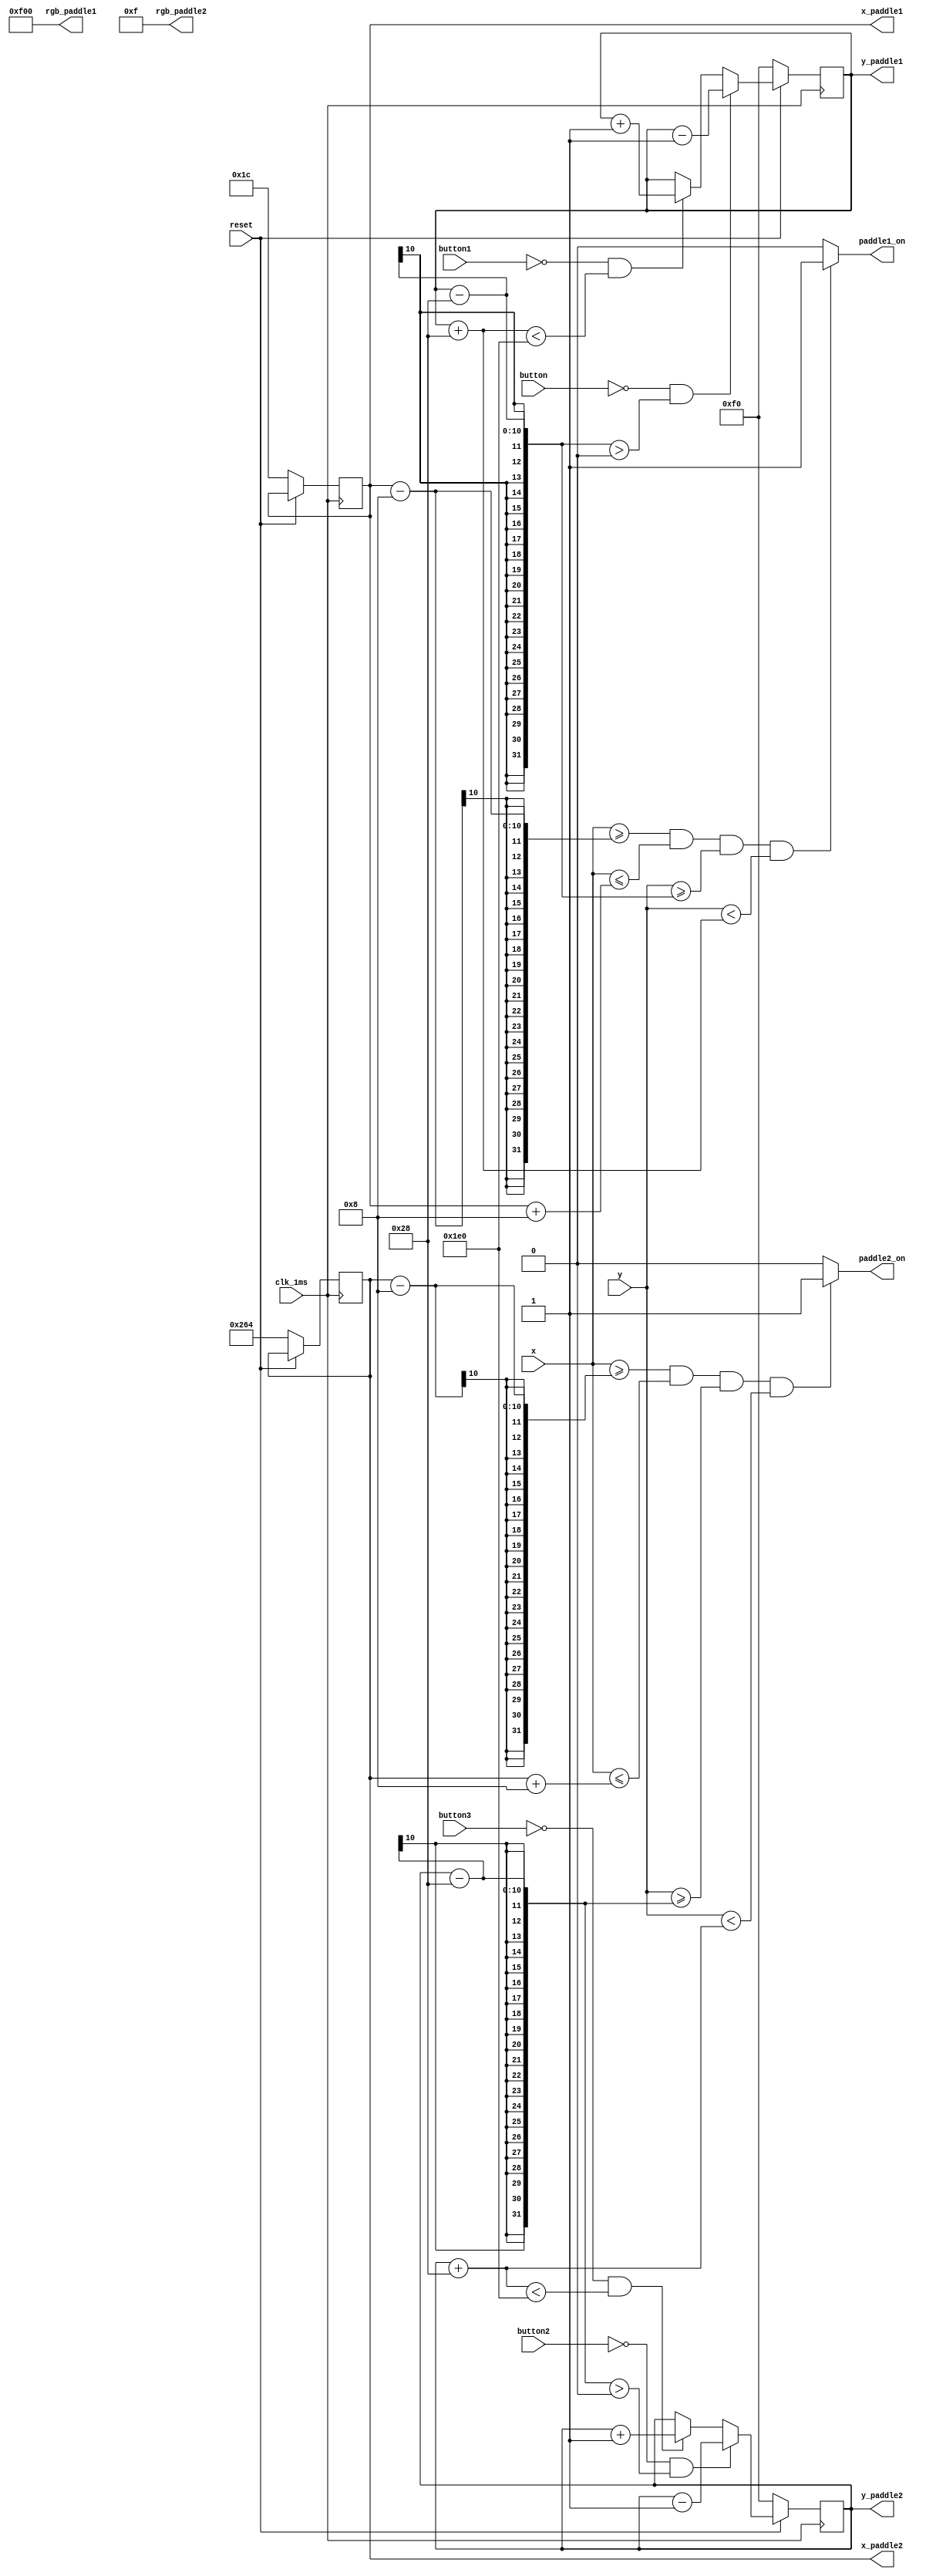
module paddle(
	input clk_1ms,reset, 
	input button, button1, button2, button3,
	input [9:0] x, y,
	output paddle1_on,paddle2_on,
	output [11:0] rgb_paddle1, rgb_paddle2,
	output reg [9:0] x_paddle1 = L_position + (paddlewidth/2),
	output reg [9:0] y_paddle1 = V_active/2,
	output reg [9:0] x_paddle2 = H_active-(R_position + (paddlewidth/2)),
	output reg [9:0] y_paddle2 = V_active/2
	);

	localparam H_active = 640;
	localparam V_active = 480;
	
	localparam paddlewidth = 16;
	localparam paddleheight = 80;
	
	localparam L_position = 20;
	localparam R_position = 20;
		
	always @ (posedge clk_1ms)
	begin
		if(!reset)
		begin	
			x_paddle1 <= L_position + (paddlewidth/2);
			y_paddle1 <= V_active/2;
		end
		else if (!button && y_paddle1-(paddleheight/2) > 0)
			y_paddle1 <= y_paddle1-1;
		else if (!button1 && y_paddle1+(paddleheight/2) < V_active)
			y_paddle1 <= y_paddle1+1;
		else y_paddle1 <= y_paddle1;
	end
	
	assign paddle1_on = (x >= x_paddle1-(paddlewidth/2) && x <= x_paddle1+(paddlewidth/2) && y >= y_paddle1-(paddleheight/2) && y < y_paddle1+(paddleheight/2))?1:0;

	assign rgb_paddle1 = 12'b111100000000; 
	
	//Second padlle
	always @ (posedge clk_1ms)
	begin
		if(!reset)
		begin	
			x_paddle2 <= H_active-(R_position + (paddlewidth/2));
			y_paddle2 <= V_active/2;
		end
		else if (!button2 && y_paddle2-(paddleheight/2) > 0)
			y_paddle2 <= y_paddle2-1;
		else if (!button3 && y_paddle2+(paddleheight/2) < V_active )
			y_paddle2 <= y_paddle2+1;
		else y_paddle2 <= y_paddle2;
	end
	
	assign paddle2_on = (x >= x_paddle2-(paddlewidth/2) && x <= x_paddle2+(paddlewidth/2) && y >= y_paddle2-(paddleheight/2) && y < y_paddle2+(paddleheight/2))?1:0;

	assign rgb_paddle2 = 12'b000000001111; //orange =12'bb111101110000
	
endmodule